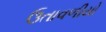
ઉતાવળીયો